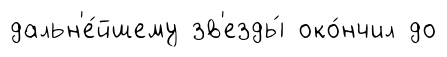
дальн'е́йшему зв'езды́ око́нчил до